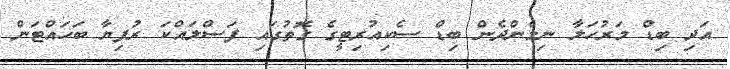
އަދި ބިޑް މަރުހަލާ ނިމެންދެން ބިޑް ސެކިއުރިޓީގެ ގޮތުގައި ފަސްލައްކަ ރުފިޔާ ބަހައްޓަން